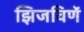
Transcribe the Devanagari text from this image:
झिजविणें